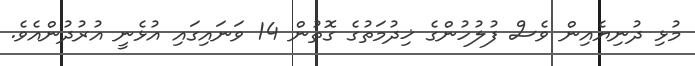
މުޅި ދުނިޔެއިން ވެސް ފުލުހުންގެ ޚިދުމަތުގެ ގޮތުން 14 ވަނައިގައި އުޅެނީ އުރުދުންއެވެ.